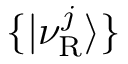
\{ | \nu _ { \mathrm { R } } ^ { j } \rangle \}